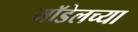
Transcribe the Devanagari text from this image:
मॉडेलच्या